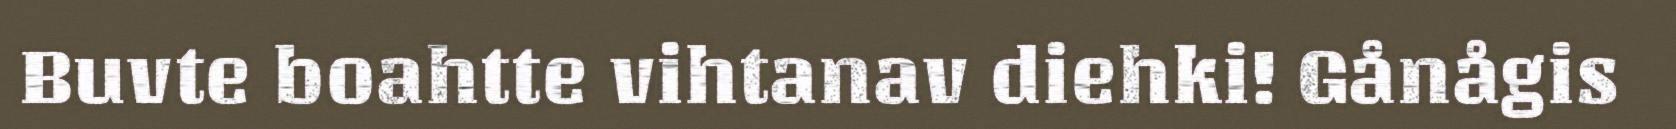
Buvte boahtte vihtanav diehki! Gånågis